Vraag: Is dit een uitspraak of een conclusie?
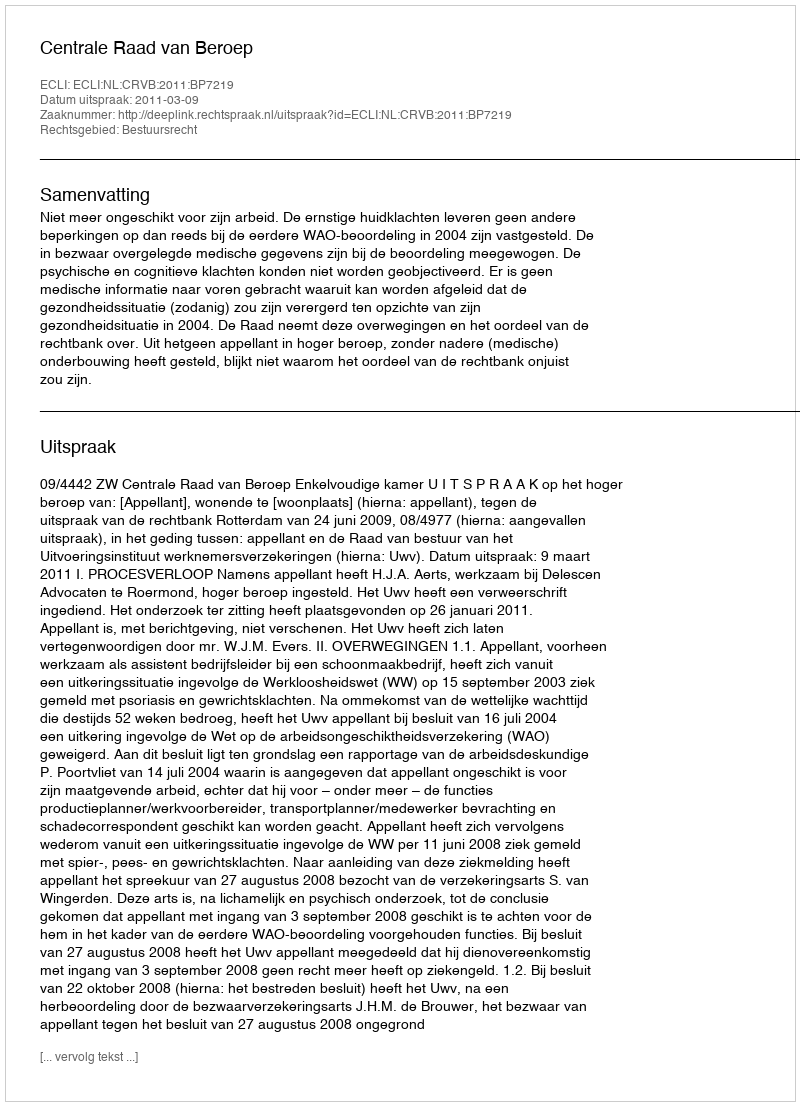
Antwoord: Uitspraak